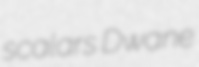
scalars Dwane